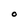
Character: O